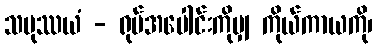
သမုဿယံ - ရုပ်အပေါင်းကိုမျှ ကိုယ်ကာယကို၊